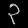
Digit: ၃